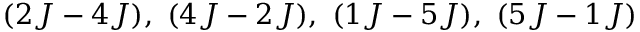
( 2 J - 4 J ) , ~ ( 4 J - 2 J ) , ~ ( 1 J - 5 J ) , ~ ( 5 J - 1 J )